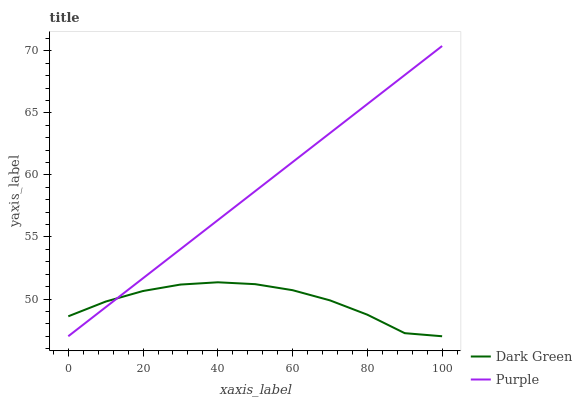
| xaxis_label | Dark Green | Purple |
 | --- | --- | --- |
 | 0 | 48.6 | 47 |
 | 10 | 49.8 | 49.3 |
 | 20 | 50.6 | 51.7 |
 | 30 | 51.2 | 54 |
 | 40 | 51.3 | 56.4 |
 | 50 | 51.2 | 58.7 |
 | 60 | 50.7 | 61 |
 | 70 | 49.9 | 63.4 |
 | 80 | 48.7 | 65.7 |
 | 90 | 47.2 | 68.1 |
 | 100 | 47 | 70.4 |